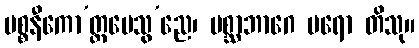
ပစ္စနီကော’တ္တမေသွ’ညေ၊ ပစ္ဆာဘာဂေ ပရော တိသု။